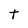
Character: t